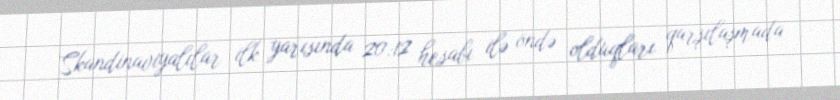
Skandinaviyalılar ilk yarısında 20:12 hesabı ilə öndə olduqları qarşılaşmada